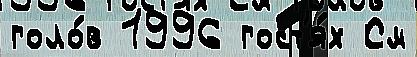
голо́в 1996 гост'я́х См